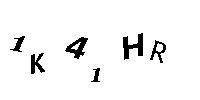
1K41HR